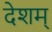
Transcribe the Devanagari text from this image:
देशम्‌